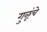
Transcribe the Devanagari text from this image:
गुळूंचे